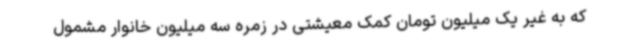
که به غیر یک میلیون تومان کمک معیشتی در زمره سه میلیون خانوار مشمول